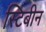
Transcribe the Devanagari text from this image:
स्टिबीन